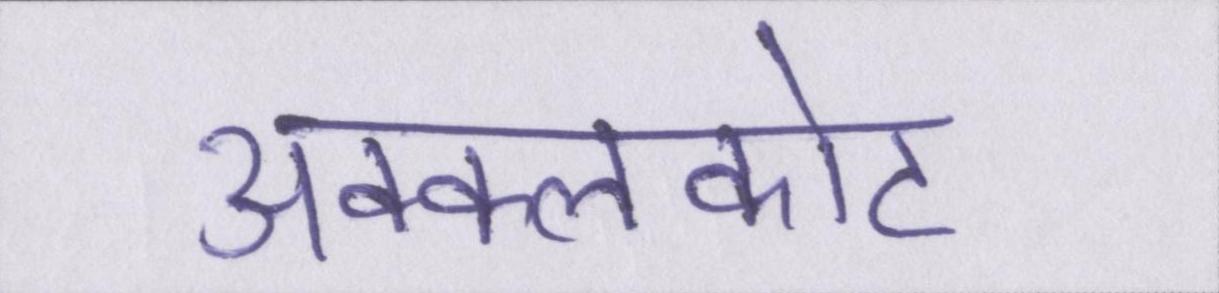
अक्कलकोट